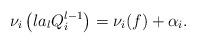
LaTeX: \begin{align*}\nu_i\left(la_lQ_i^{l-1}\right)=\nu_i(f)+\alpha_i.\end{align*}